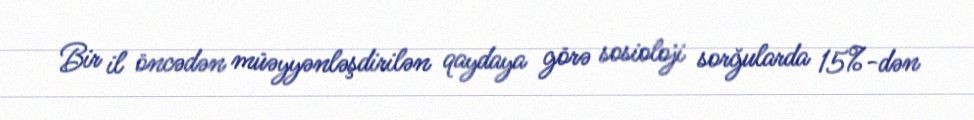
Bir il öncədən müəyyənləşdirilən qaydaya görə sosioloji sorğularda 15%-dən